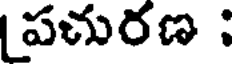
పచురణ :